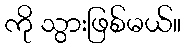
ကို သွားဖြစ်မယ်။